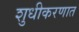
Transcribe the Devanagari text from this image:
शुधीकरणात